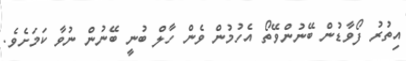
އިތުރު ފޯވާޑުން ބޭނުންވޭތޯ އެހުމުން ވެން ހާލް ބުނީ ބޭނުން ނުވާ ކަމަށެވެ.